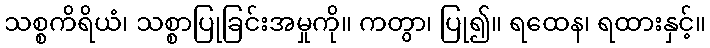
သစ္စကိရိယံ၊ သစ္စာပြုခြင်းအမှုကို။ ကတွာ၊ ပြု၍။ ရထေန၊ ရထားနှင့်။